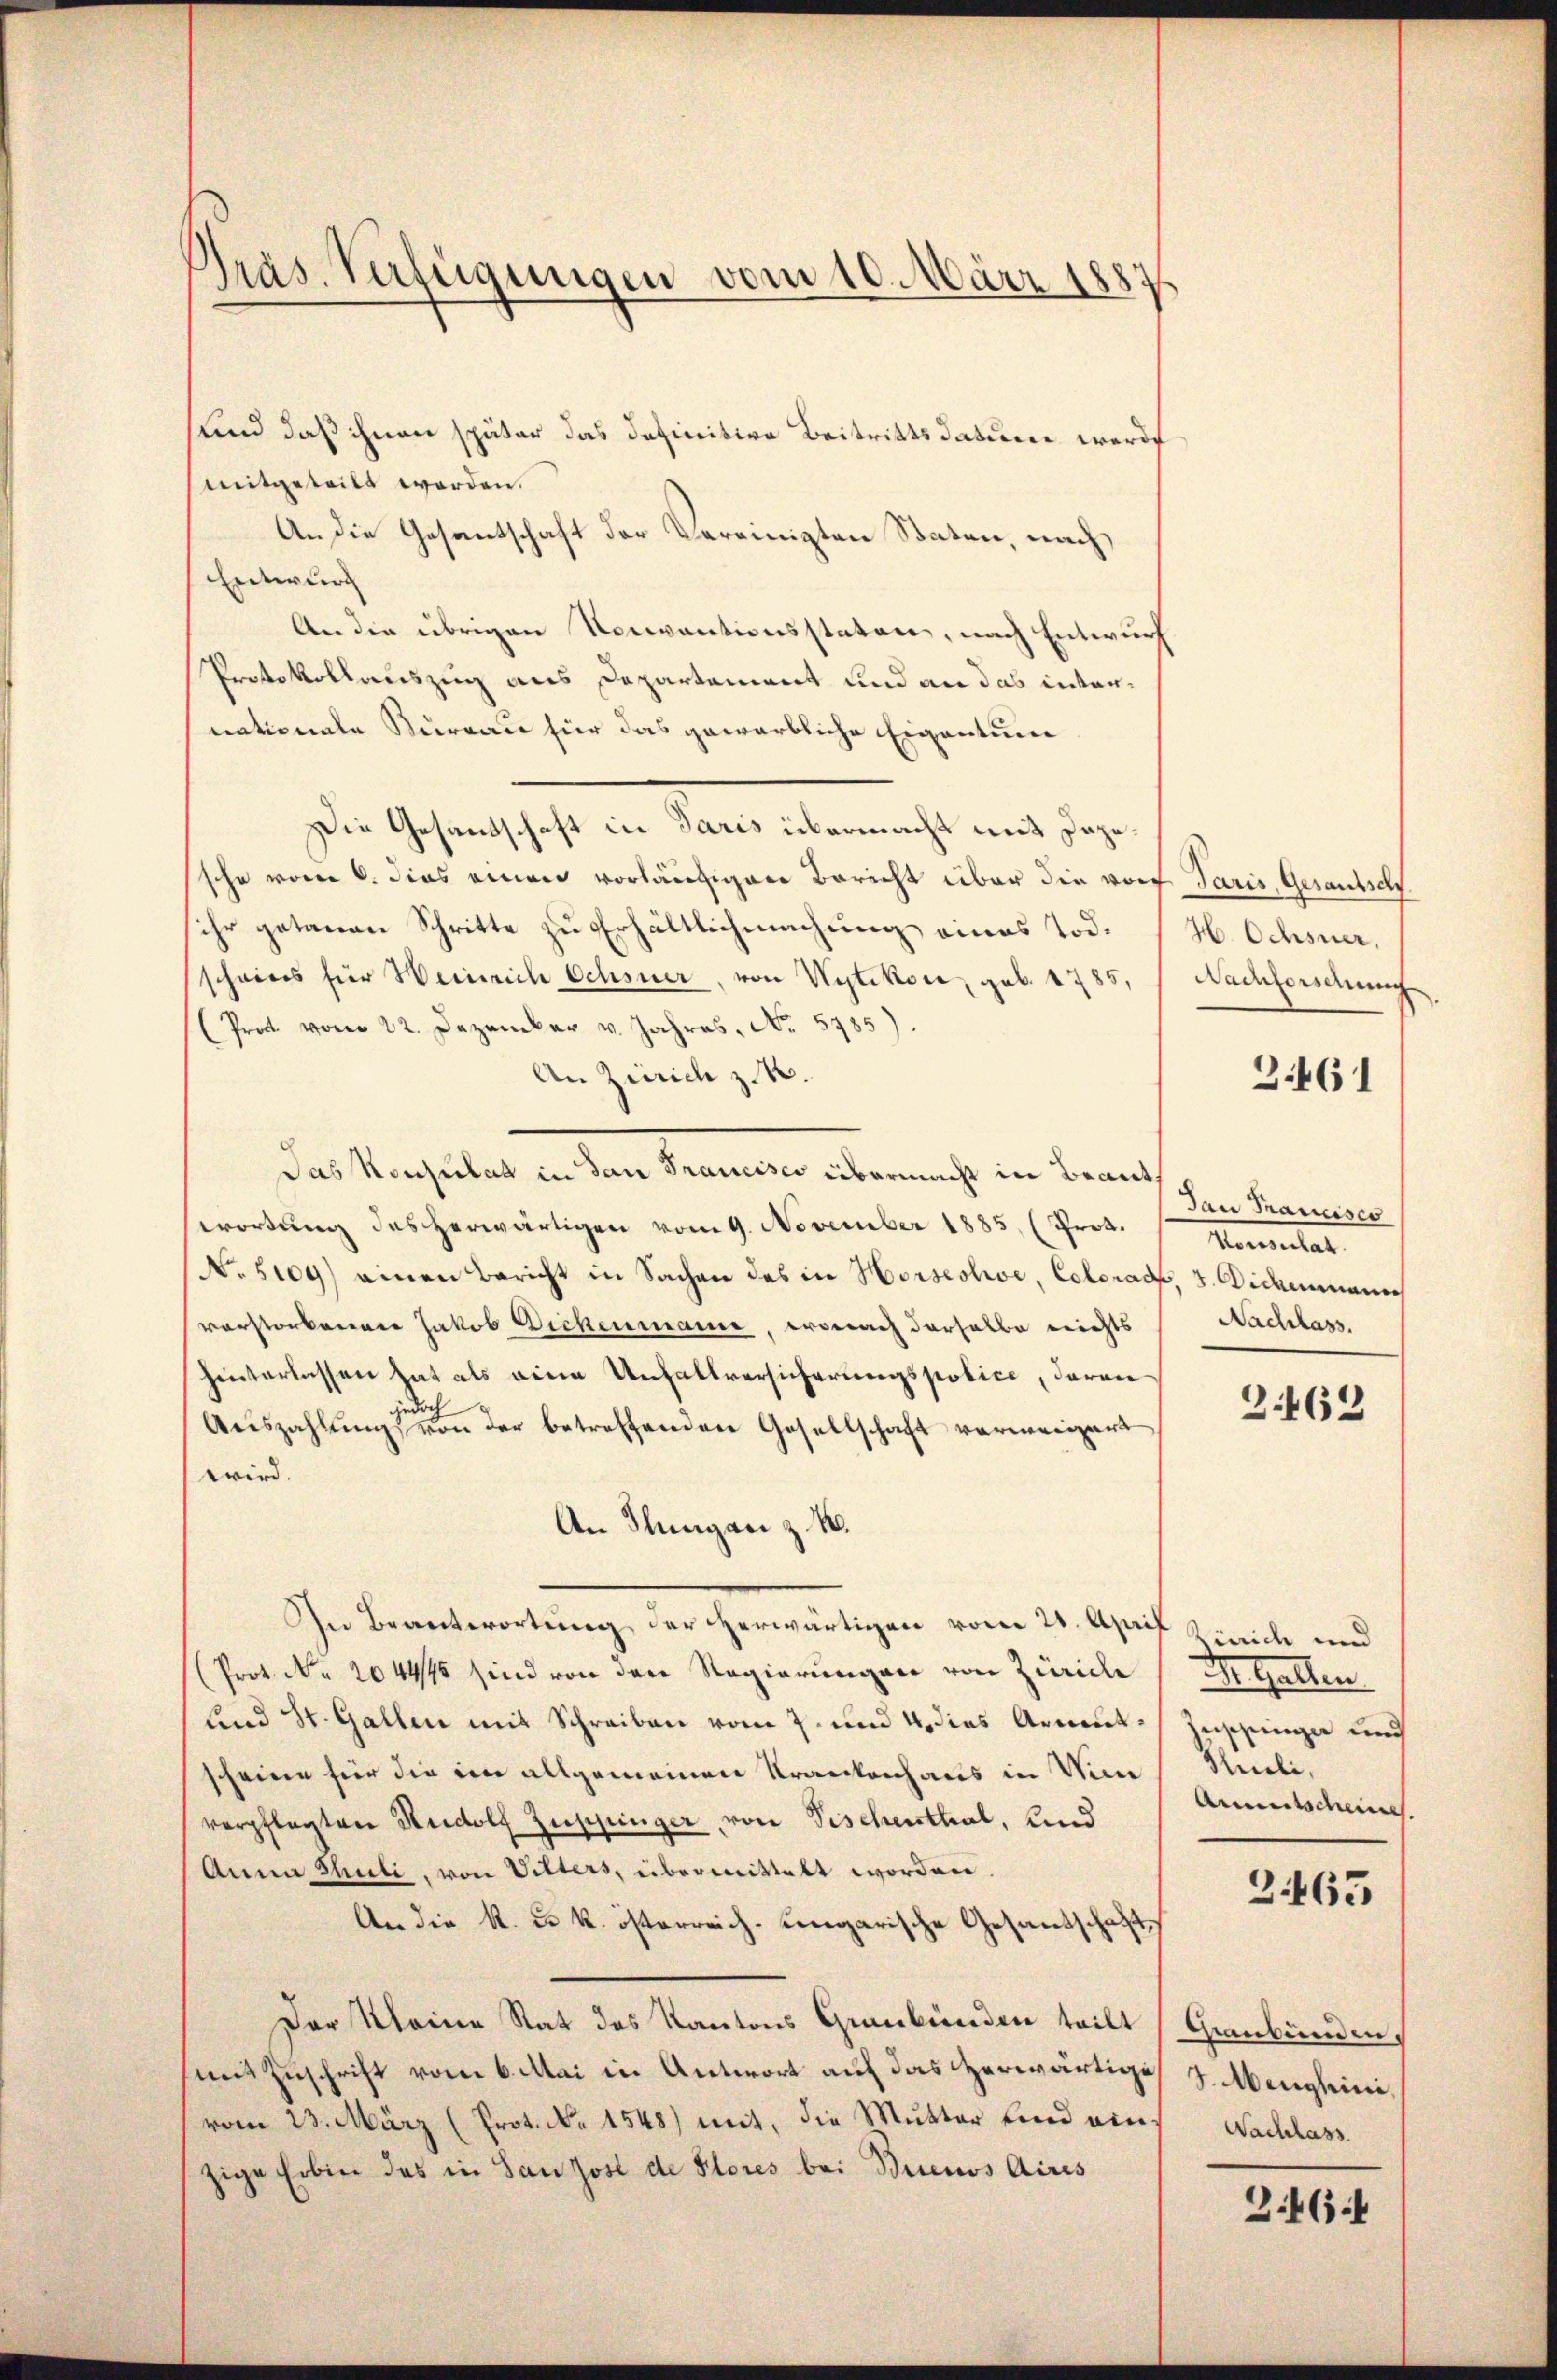
Präs. Verfügungen vom 10. März 1889

und daß ihnen später das definitive Beitritts datum werde
mitgeteilt worden.
An die Gesantschaft der Vereinigten Staten, nach
Entwurf
An die übrigen Konventionsstaten, nach Entwurf
Protokollauszug aus Departement und an das intennationale Sternau für das gewärbliche Eigentum
Die Gesandschaft in Paris übermacht mit Dagesche vom 6. dies einen vorläufigen Bericht über die vor Paris, Gesandsch
ihr getanen Schritte zu Erhältlichmachung eines Tod.
scheines für Weinrich Ochsner, von Wytikon, geb. 1785,
(Prot vom 22. Dezember v. Jahres, No. 5785).
An Zürich z. B.
Das Verheitet in den Kramen übermacht in Beauf
wortŭng des herwärtigen vom 9. November 1885 (Prot.
N. 5109) einen Bericht in Sachen des in Horsechse, Colorad, 3. Dideammanns
vorstorbenen Jakob Dickenmanne, ernach derselbe nichts Nachlass.
hinterlassen hat als eine Unfallversicherungspolice, daran
jedoch
Auszahlung von der betreffenden Gesellschaft verweigert
wird.
An Hungan z. B.
In Beantwortung der herwärtigen vom 21. April Zürich und
Prot. No. 204446 sind von den Regierungen von Zürich
und St. Gallen mit Schreiben vom 7. und 4, dies Armutscheine für die im allgemeinen Krankenhaus in Vin
verpflegten Rudolf Zuppinger, von Tischenthal, und
Anna Shuli, von Vitters, übermittelt worden.
An die K. u. k. österreich-ungarische Gesandschaft
Der Meine Rat des Kantons Graubünden teilt Graubünden,
mit Zuschrift vom 6. Mai in Antwort auf das Zerwärtige
vom 23. März (Prot. No 1548) mit, die Mutter und einzige Erben das in Sanzose de Stores bei Buenos Aires

H. Ochsner,
Nachforschung
3.461

Dan Pranciser
Momentat

2462

Ir Gatten
eppingen und
Schrieli,
Armentscheine
263

S. Menghini,
Nachlass

Z 464